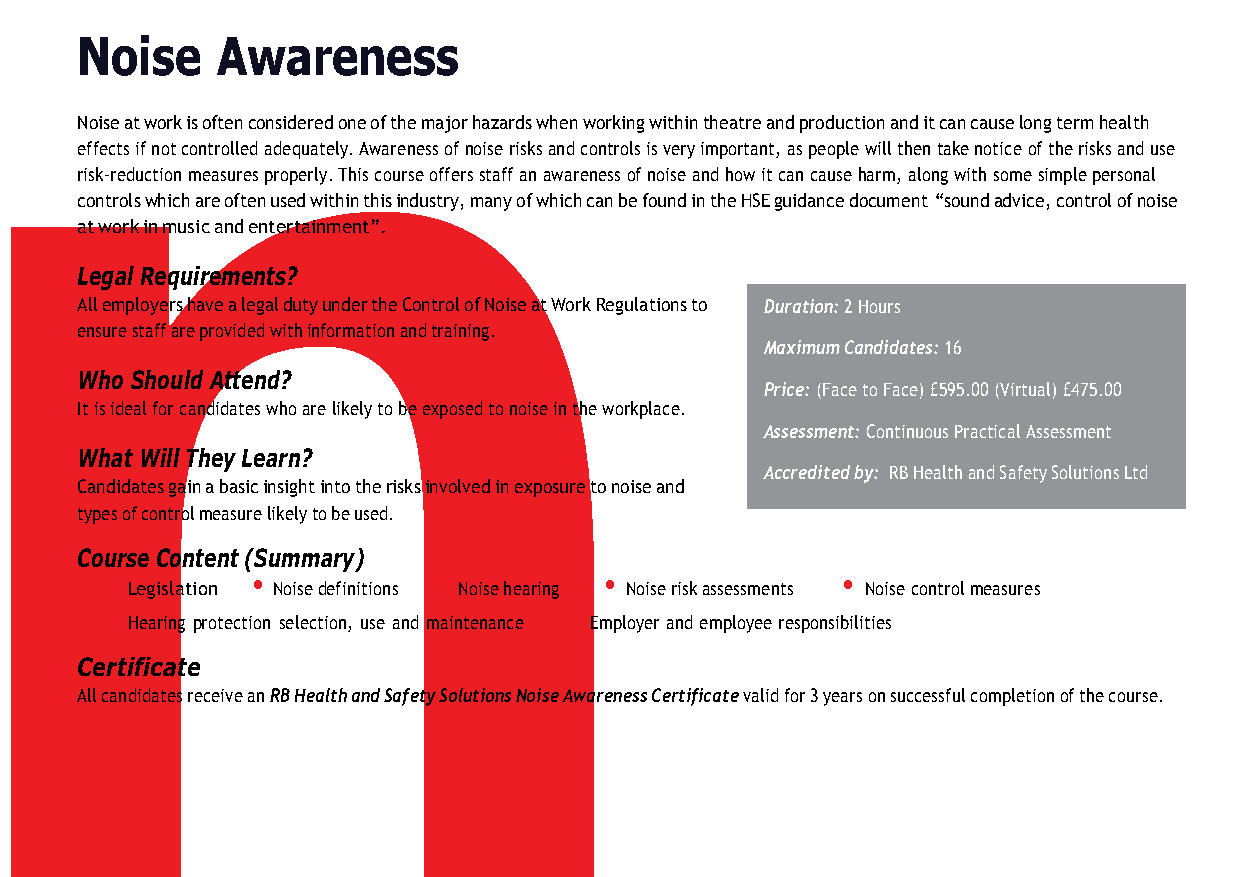
n
 Noise    Awareness
 Noise at work is often considered one of the major hazards when working within theatre and production and it can cause long term health
 effects if not controlled adequately. Awareness of noise risks and controls is very important, as people will then take notice of the risks and use
 risk-reduction measures properly. This course offers staff an awareness of noise and how it can cause harm, along with some simple personal
 controls which are often used within this industry, many of which can be found in the HSE guidance document “sound advice, control of noise
 at work in music and entertainment”.
 Legal Requirements?
 All employers have a legal duty under the Control of Noise at Work Regulations to Duration: 2 Hours
 ensure staff are provided with information and training.
 Maximum Candidates: 16
 Who Should Attend?
 Price: (Face to Face) £595.00 (Virtual) £475.00
 It is ideal for candidates who are likely to be exposed to noise in the workplace.
 Assessment: Continuous Practical Assessment
 What Will They Learn?
 Accredited by: RB Health and Safety Solutions Ltd
 Candidates gain a basic insight into the risks involved in exposure to noise and
 types of control measure likely to be used.
 Course Content (Summary)
 •         •           •          •               •
 Legislation Noise definitions Noise hearing Noise risk assessments Noise control measures
 •                             •
 Hearing protection selection, use and maintenance Employer and employee responsibilities
 Certificate
 All candidates receive an RB Health and Safety Solutions Noise Awareness Certificate valid for 3 years on successful completion of the course.